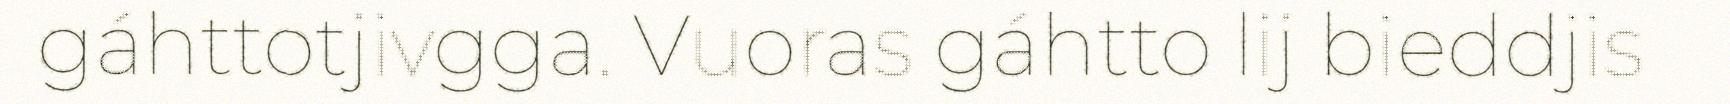
gáhttotjivgga. Vuoras gáhtto lij bieddjis